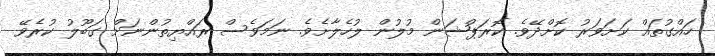
ހައްގުތައް ކަށަވަރު ކޮށްދޭވެ. ކޮރަޕްޝަން މުލުން ލުހެލާށެވެ. ނަމަވެސް ރައްޔިތުންނަށް ގަބޫލު ކުރެވޭ